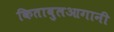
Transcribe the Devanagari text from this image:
किताबुलआगानी